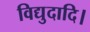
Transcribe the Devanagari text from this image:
विद्युदादि।